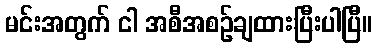
မင်းအတွက် ငါ အစီအစဉ်ချထားပြီးပါပြီ။